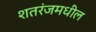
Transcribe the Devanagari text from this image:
शतरंजमधील